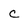
Character: c